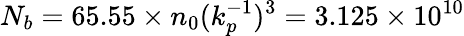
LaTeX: N_{b}=65.55\times n_{0}(k_{p}^{-1})^{3}=3.125\times 10^{10}